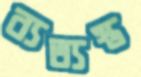
ব্যত্যস্ত